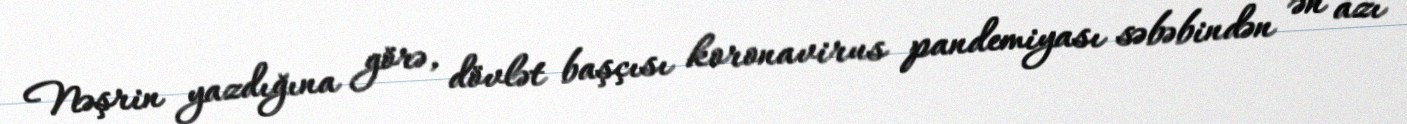
Nəşrin yazdığına görə, dövlət başçısı koronavirus pandemiyası səbəbindən ən azı